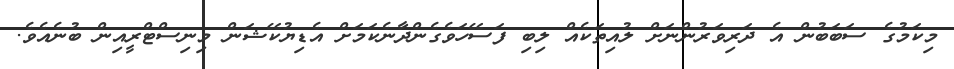
މިކަމުގެ ސަބަބުން އެ ދަރިވަރުންނަށް ލުއިތަކެއް ލިބި ފަސޭހަވެގެންދާނެކަމަށް އެޑިޔުކޭޝަން މިނިސްޓްރީއިން ބުނެއެވެ.